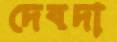
দেবদা